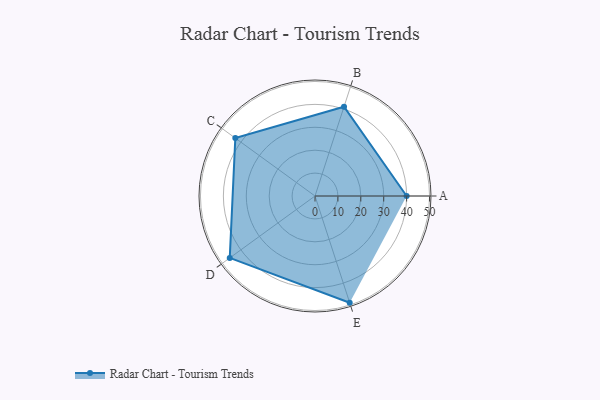
{"axis": {"x": "Skill", "y": "Score"}, "legend": ["Profile"], "data": [{"x": "A", "y": 40.0, "type": "Profile"}, {"x": "B", "y": 41.0, "type": "Profile"}, {"x": "C", "y": 43.0, "type": "Profile"}, {"x": "D", "y": 46.0, "type": "Profile"}, {"x": "E", "y": 49.0, "type": "Profile"}]}